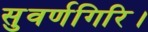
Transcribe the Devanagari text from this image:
सुवर्णगिरि।